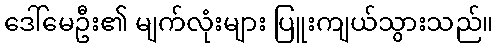
ဒေါ်မေဦး၏ မျက်လုံးများ ပြူးကျယ်သွားသည်။